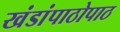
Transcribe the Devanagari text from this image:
खंडांपाठोपाठ